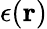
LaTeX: \epsilon(\textbf{r})